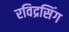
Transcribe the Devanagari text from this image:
रविद्रसिंग